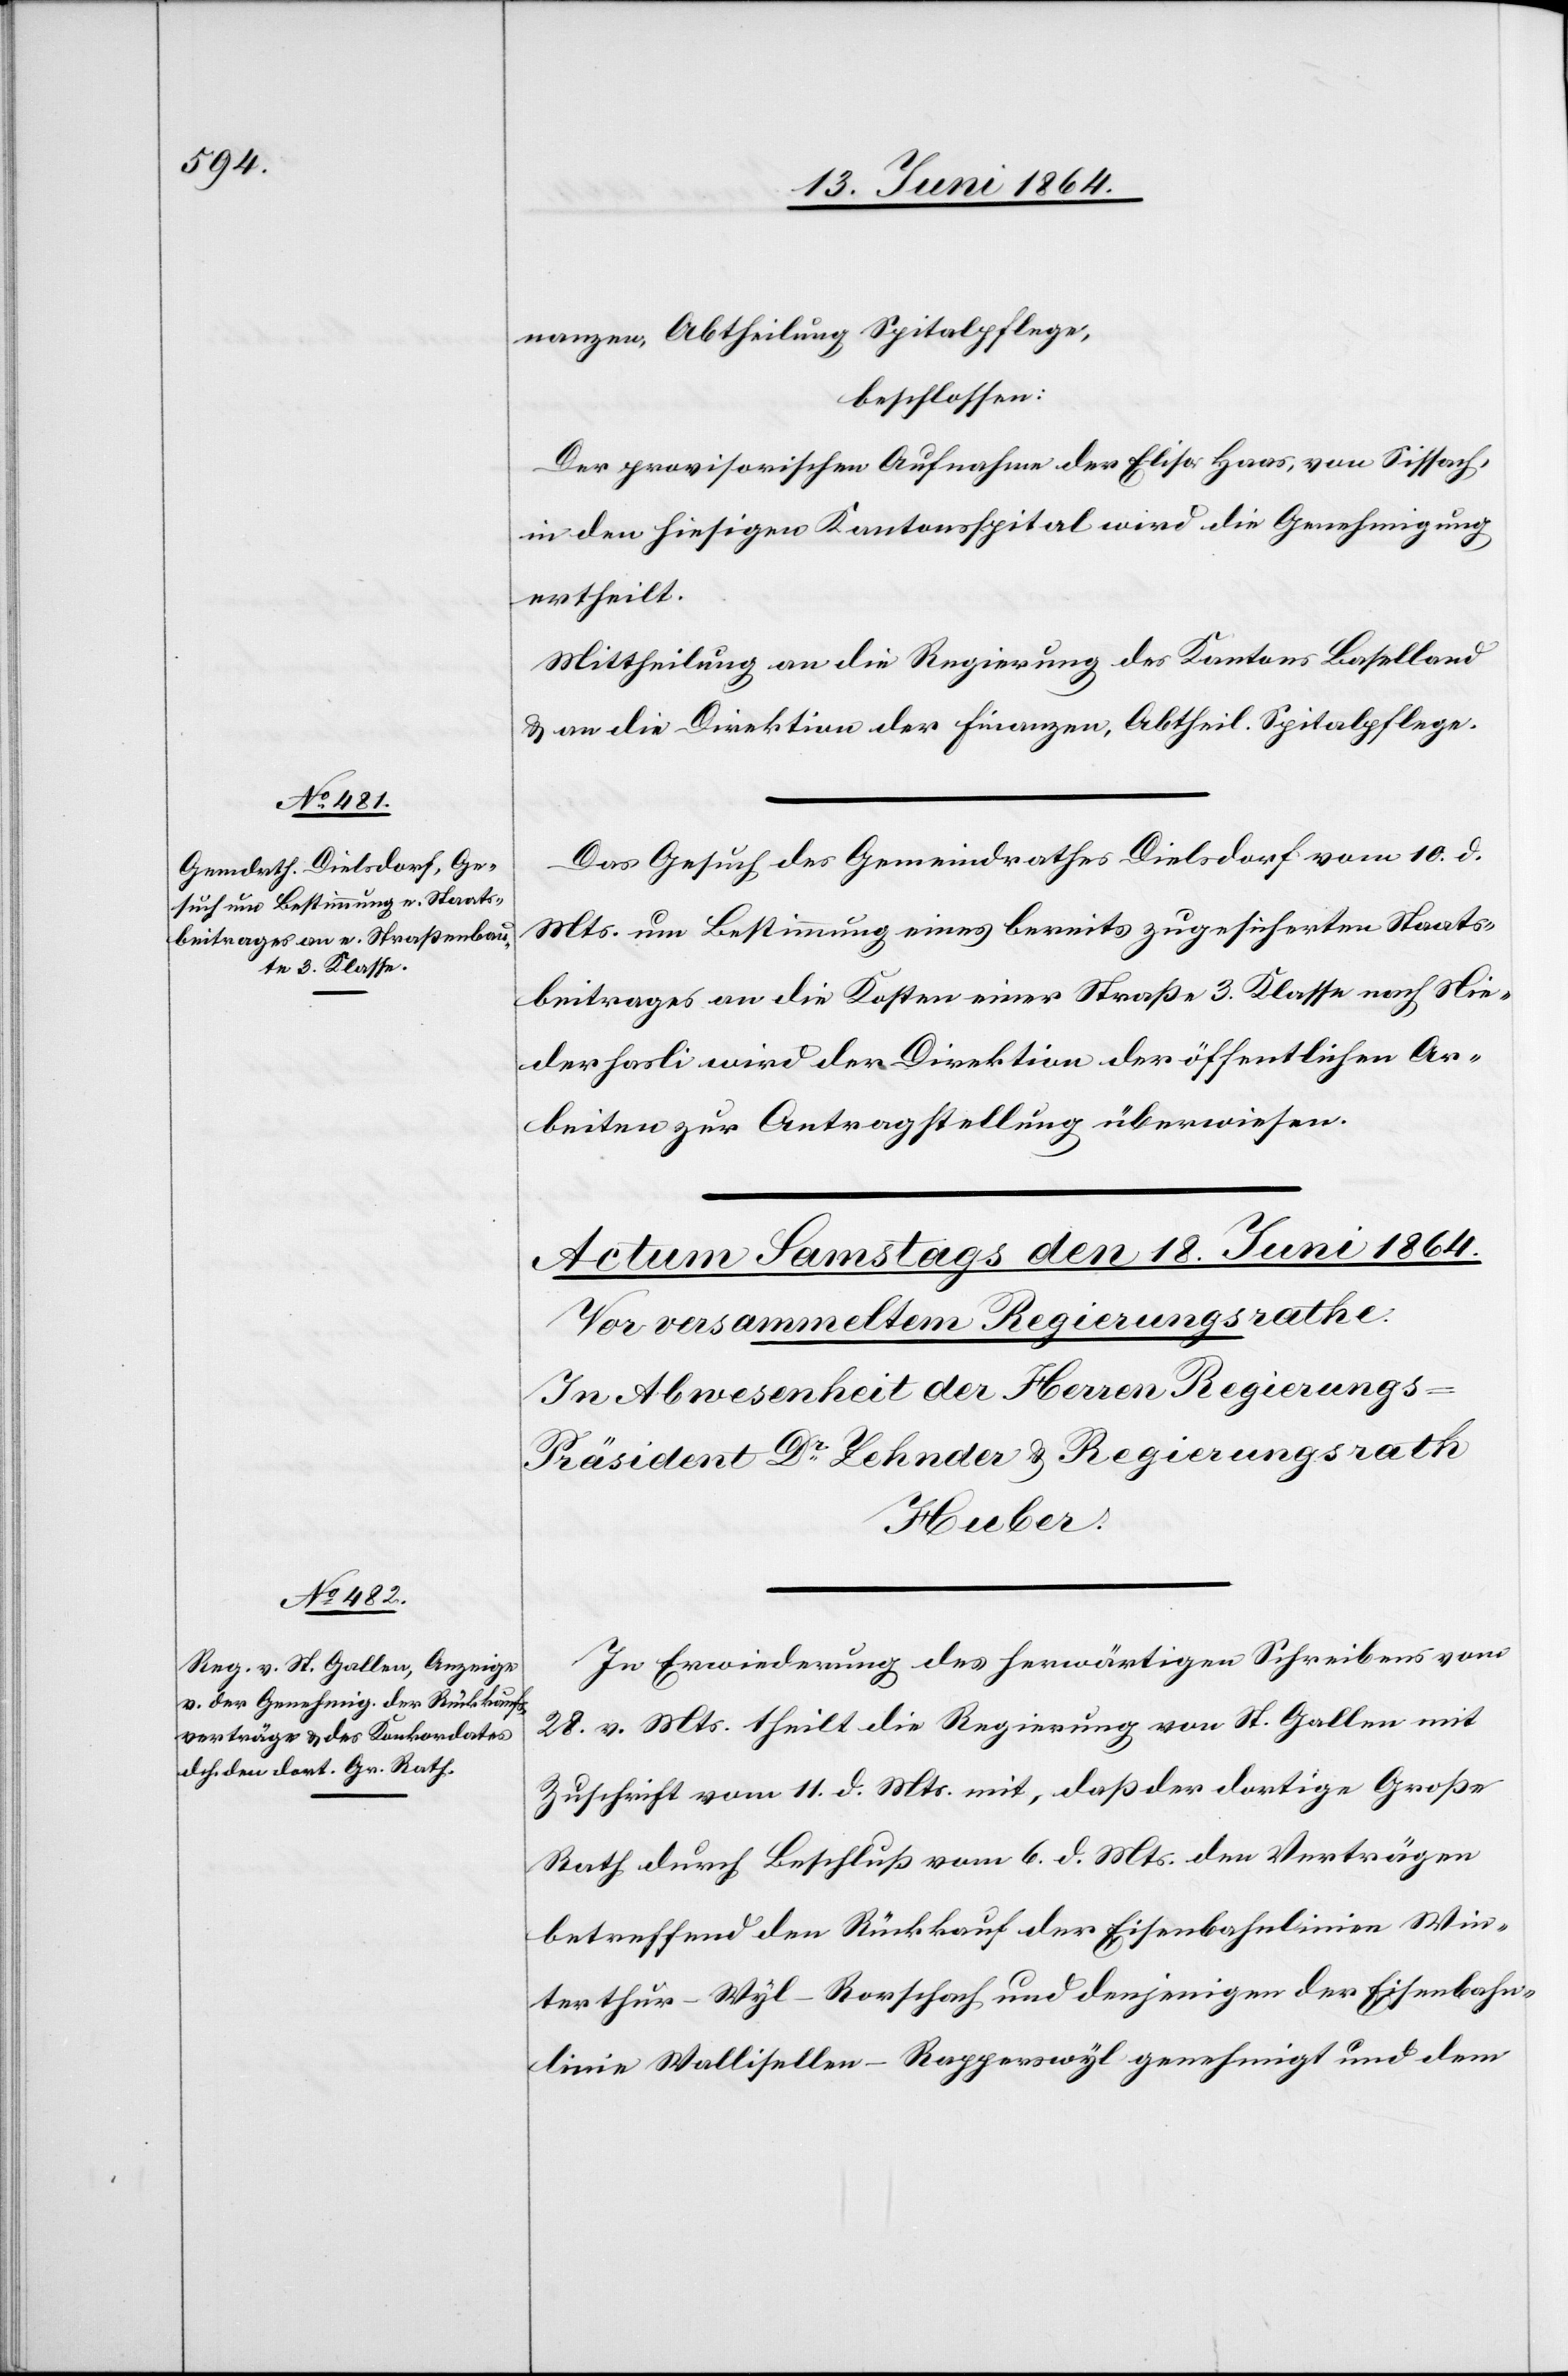
17. Juni 1864.]
nanzen, Abtheilung Spitalpflege,
beschlossen:
Der provisorischen Aufnahme der Elisa Haas, von Sissach,
in den hiesigen Kantonsspital wird die Genehmigung
erteilt.
Mittheilung an die Regierung des Kantons Baselland
u. an die Direktion der Finanzen, Abtheil. Spitalpflege.
Das Gesuch des Gemeindrathes Dielsdorf vom 10. d.
Mts. um Bestimmung eines bereits zugesicherten Staats¬
beitrages an die Kosten einer Straße 3. Klasse nach Nie¬
derhasli wird der Direktion der öffentlichen Ar¬
beiten zur Antragstellung überwiesen.
In Erwiederung des herwärtigen Schreibens vom
28. v. Mts. theilt die Regierung von St. Gallen mit
Zuschrift vom 11. d. Mts. mit, daß der dortige Große
Rath durch Beschluß vom 6. d. Mts. den Verträgen
betreffend den Rückkauf der Eisenbahnlinien Win¬
terthur–Wyl–Rorschach und denjenigen der Eisenbahn¬
linie Wallisellen–Rapperswyl genehmigt und dem